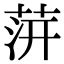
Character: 䓑